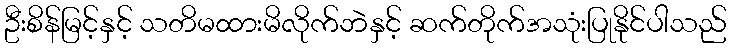
ဦးစိန်မြင့်နှင့် သတိမထားမိလိုက်ဘဲနှင့် ဆက်တိုက်အသုံးပြုနိုင်ပါသည်